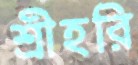
শ্রীহরি